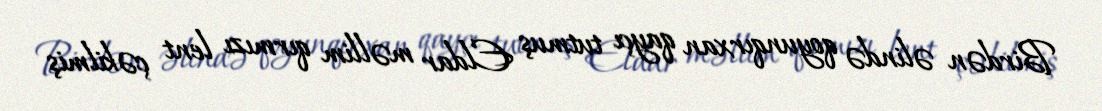
Birdən əlində qoyunqırxan qayçı tutmuş Eldar məllim qırmızı lent çəkilmiş